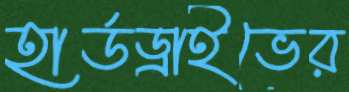
হার্ডড্রাইভের